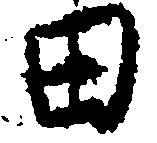
田